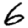
Digit: 6